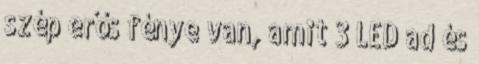
szép erős fénye van, amit 3 LED ad és